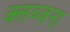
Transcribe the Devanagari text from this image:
क्लब्जना